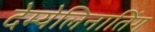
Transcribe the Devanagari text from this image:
देम्येलिनातिंग